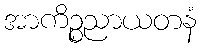
အာကိဉ္စညာယတနံ